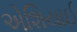
એશિયાઈ